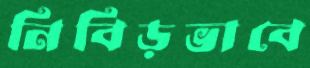
নিবিড়ভাবে